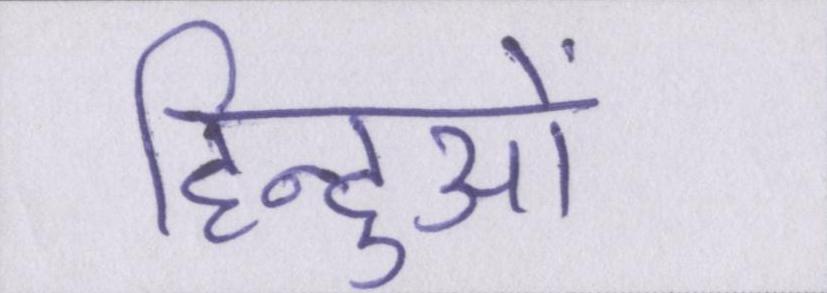
हिन्दुओं